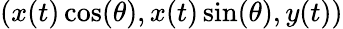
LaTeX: (x(t)\cos(\theta),x(t)\sin(\theta),y(t))